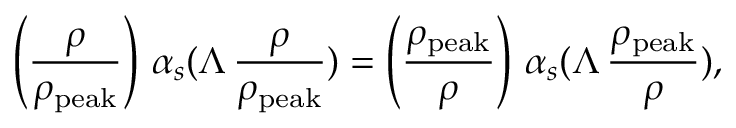
\left( \frac { \rho } { \rho _ { \mathrm { p e a k } } } \right) \, \alpha _ { s } ( \Lambda \, \frac { \rho } { \rho _ { \mathrm { p e a k } } } ) = \left( \frac { \rho _ { \mathrm { p e a k } } } { \rho } \right) \, \alpha _ { s } ( \Lambda \, \frac { \rho _ { \mathrm { p e a k } } } { \rho } ) ,